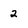
Character: 2